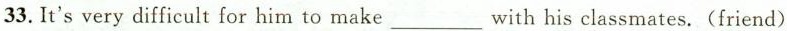
33. It's very difficult for him to make___with his classmates.(friend)